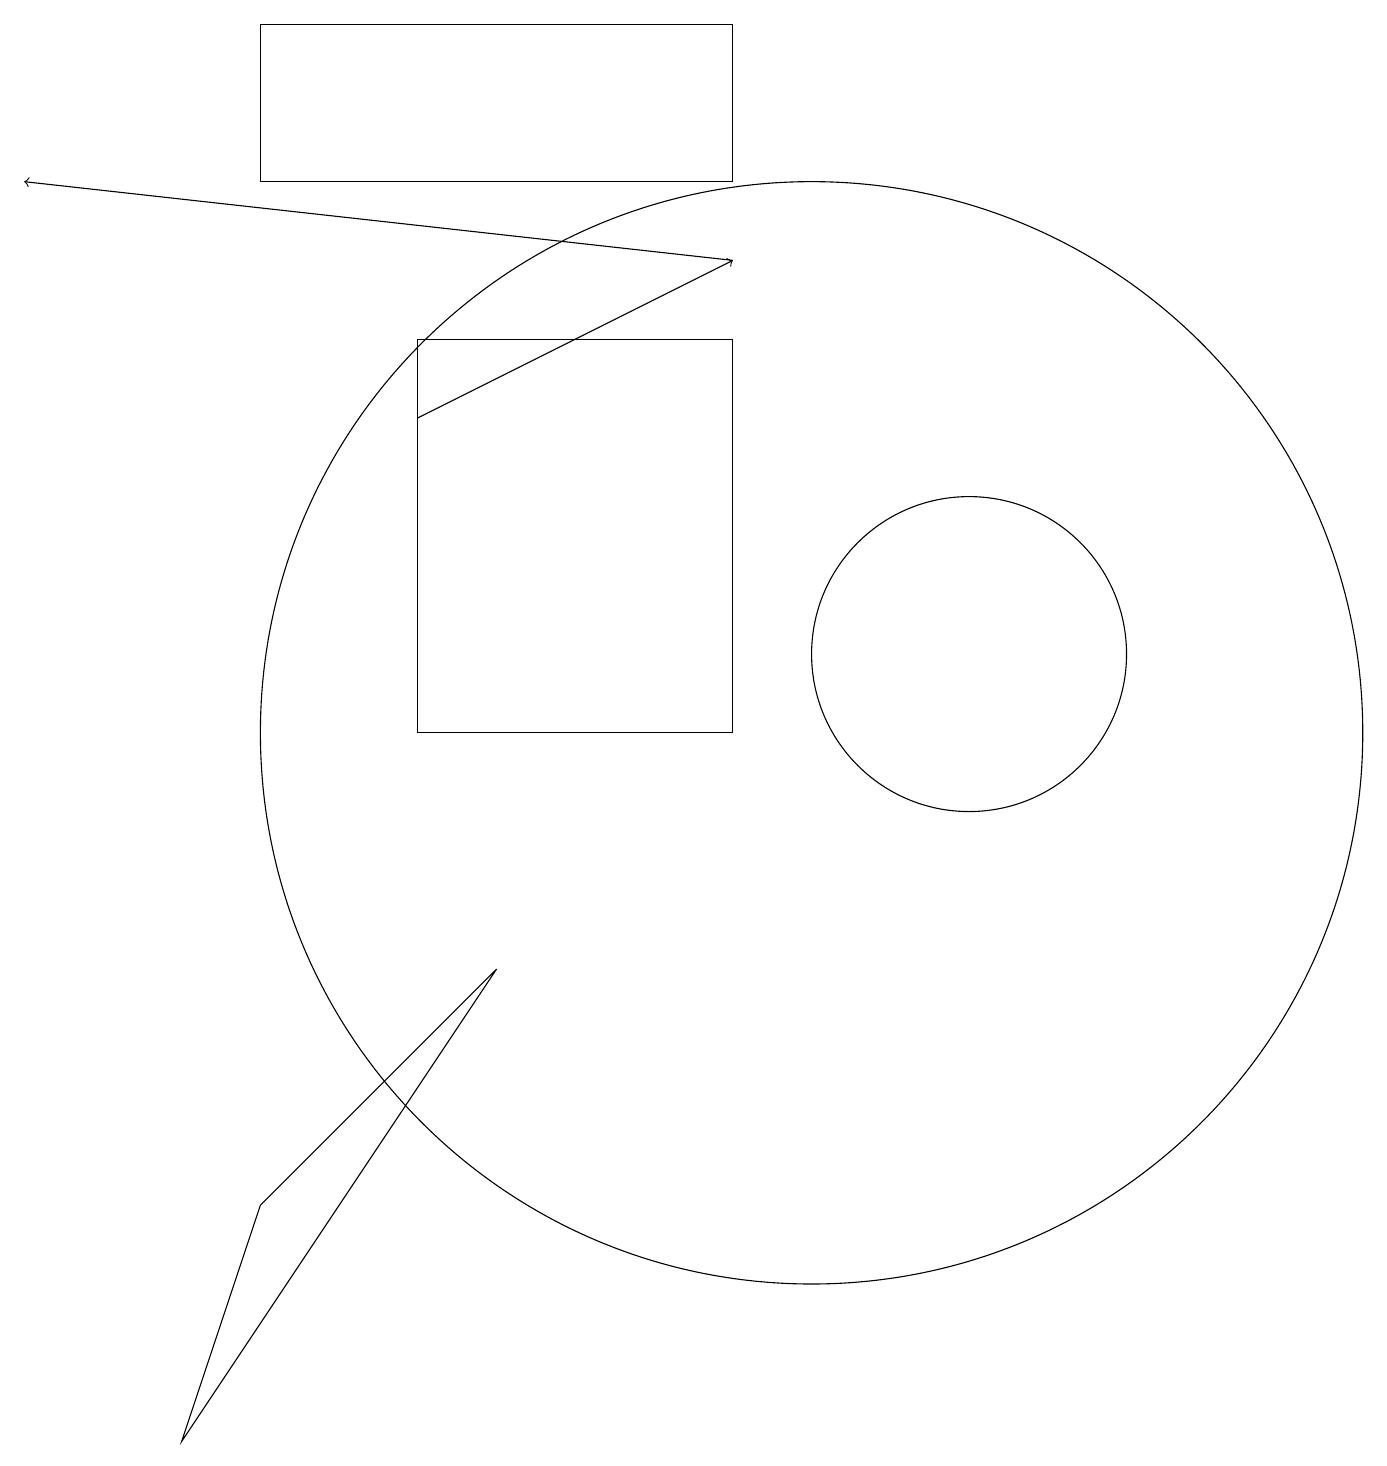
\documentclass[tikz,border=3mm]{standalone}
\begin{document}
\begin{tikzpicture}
\draw (2,1) -- (3,4) -- (6,7) -- cycle;
\draw[->] (9,16) -- (0,17);
\draw (10,10) circle (7);
\draw (12,11) circle (2);
\draw (5,15) rectangle (9,10);
\draw[->] (5,14) -- (9,16);
\draw (9,17) rectangle (3,19);
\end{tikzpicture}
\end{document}